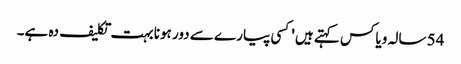
54 سالہ ویاکس کہتے ہیں 'کسی پیارے سے دور ہونا بہت تکلیف دہ ہے۔